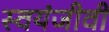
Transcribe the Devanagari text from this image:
स्वयंजीवी